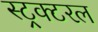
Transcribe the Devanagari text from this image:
स्ट्रक्टरल